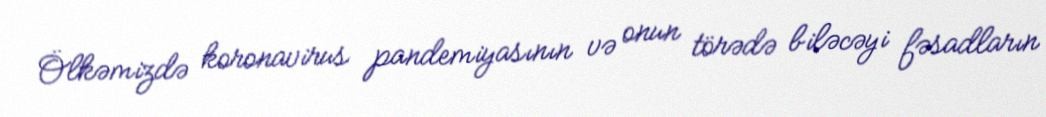
Ölkəmizdə koronavirus pandemiyasının və onun törədə biləcəyi fəsadların